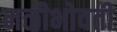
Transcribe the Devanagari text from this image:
नळीभोवती